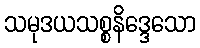
သမုဒယသစ္စနိဒ္ဒေသော